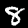
Digit: 8